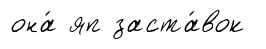
она́ яп заста́вок